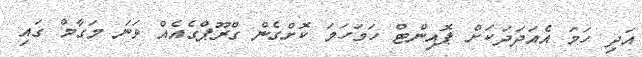
އަދި ހަމަ އެއަދަދަކަށް ޕޮއިންޓް ހަމަހަމަ ކޮށްގެން ގްރޫޕްގެއެއް ވަނަ މަގާމް ގައި